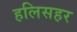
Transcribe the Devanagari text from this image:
हलिसहर